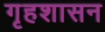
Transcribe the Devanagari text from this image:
गृहशासन